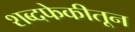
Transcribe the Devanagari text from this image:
शब्दफेकीतून